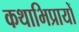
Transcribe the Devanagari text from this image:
कथाभिप्रायों